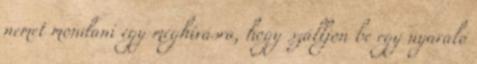
nemet mondani egy meghívásra, hogy szálljon be egy nyaraló